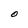
Character: O